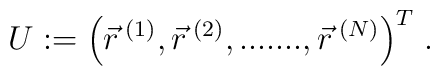
U := \Big( \vec{r}^{\;(1)},\vec{r}^{\;(2)}, .......,\vec{r}^{\;(N)} \Big)^T \; .